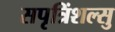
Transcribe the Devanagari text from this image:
सपृत्रिंशल्सु